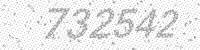
Solution: 732542